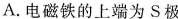
A.电磁铁的上端为S极